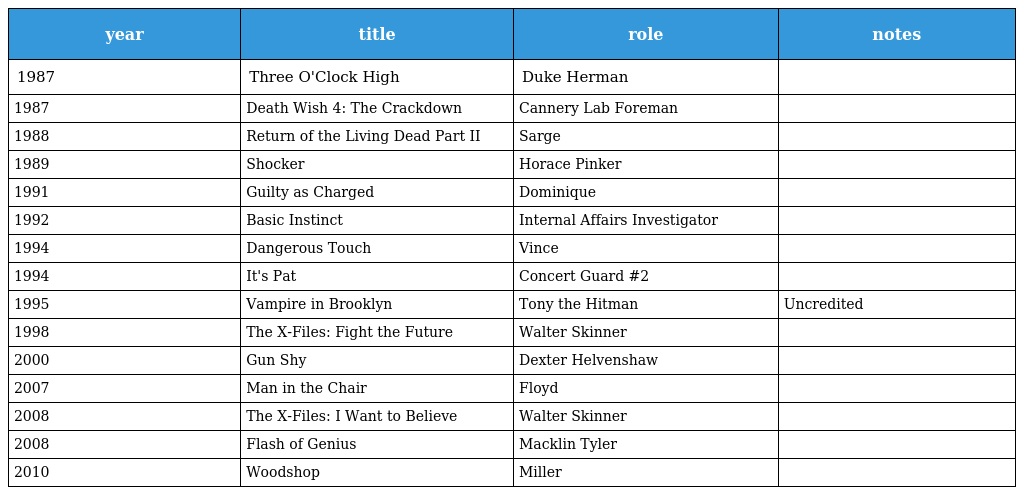
| year | title | role | notes |
 | --- | --- | --- | --- |
 | 1987 | Three O'Clock High | Duke Herman |  |
 | 1987 | Death Wish 4: The Crackdown | Cannery Lab Foreman |  |
 | 1988 | Return of the Living Dead Part II | Sarge |  |
 | 1989 | Shocker | Horace Pinker |  |
 | 1991 | Guilty as Charged | Dominique |  |
 | 1992 | Basic Instinct | Internal Affairs Investigator |  |
 | 1994 | Dangerous Touch | Vince |  |
 | 1994 | It's Pat | Concert Guard #2 |  |
 | 1995 | Vampire in Brooklyn | Tony the Hitman | Uncredited |
 | 1998 | The X-Files: Fight the Future | Walter Skinner |  |
 | 2000 | Gun Shy | Dexter Helvenshaw |  |
 | 2007 | Man in the Chair | Floyd |  |
 | 2008 | The X-Files: I Want to Believe | Walter Skinner |  |
 | 2008 | Flash of Genius | Macklin Tyler |  |
 | 2010 | Woodshop | Miller |  |